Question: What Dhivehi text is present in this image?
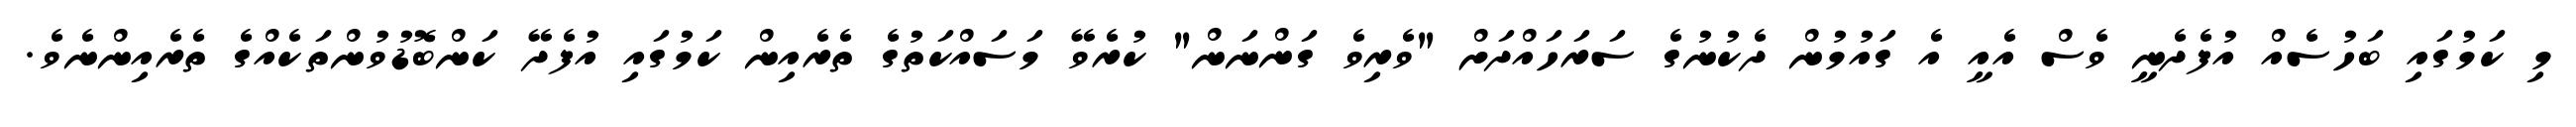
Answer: މި ކަމުގައި ބަހުސެއް އުފެދެނީ ވެސް އެއީ އެ ގައުމުން ދެކުނުގެ ސަރަހައްދަށް "ވެރިވެ ގަންނަން" ކުރެވޭ މަސައްކަތުގެ ތެރެއިން ކަމުގައި އުފެދޭ ކަންބޮޑުވުންތަކެއްގެ ތެރެއިންނެވެ.